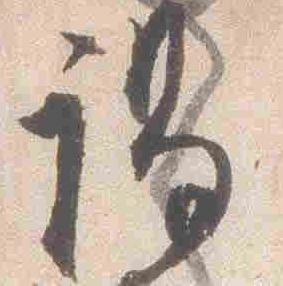
謁